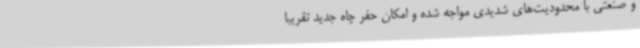
و صنعتی با محدودیت‌های شدیدی مواجه شده و امکان حفر چاه جدید تقریباً